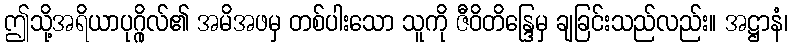
ဤသို့အရိယာပုဂ္ဂိုလ်၏ အမိအဖမှ တစ်ပါးသော သူကို ဇီဝိတိန္ဒြေမှ ချခြင်းသည်လည်း။ အဋ္ဌာနံ၊